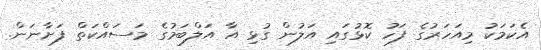
އެކަމަކު މިއަހަރުގެ ފަހު ކޮޅުގައި އަލުން ގުޅި އާ އަލްބަމުގެ މަސައްކަތް ފަށާނަން.